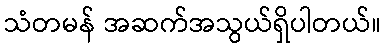
သံတမန် အဆက်အသွယ်ရှိပါတယ်။